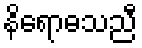
နိရောဓသညီ